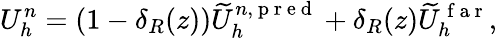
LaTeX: U_{h}^{n}=(1-\delta_{R}(z))\widetilde{U}_{h}^{n,\mathrm{~p~r~e~d~}}+\delta_{R}(z)\widetilde{U}_{h}^{\mathrm{~f~a~r~}},